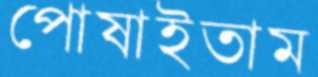
পোষাইতাম